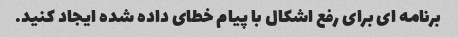
برنامه ای برای رفع اشکال با پیام خطای داده شده ایجاد کنید.